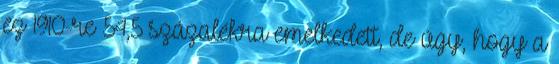
ez 1910-re 54,5 százalékra emelkedett, de úgy, hogy a